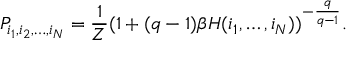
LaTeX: P _ { i _ { 1 } , i _ { 2 } , \ldots , i _ { N } } = \frac { 1 } { Z } ( 1 + ( q - 1 ) \beta H ( i _ { 1 } , \ldots , i _ { N } ) ) ^ { - \frac { q } { q - 1 } } .